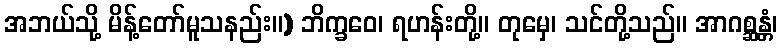
အဘယ်သို့ မိန့်တော်မူသနည်း။) ဘိက္ခဝေ၊ ရဟန်းတို့။ တုမှေ၊ သင်တို့သည်။ အာဂစ္ဆန္တံ၊